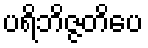
ပရိဘိဇ္ဇတိပေ